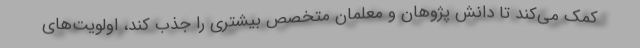
کمک می‌کند تا دانش پژوهان و معلمان متخصص بیشتری را جذب کند، اولویت‌های